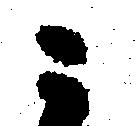
ニ